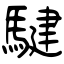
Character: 騝